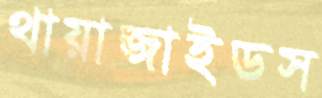
থায়াজাইডস